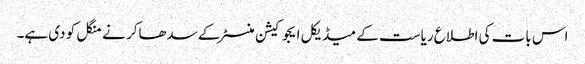
اس بات کی اطلاع ریاست کے میڈیکل ایجوکیشن منسٹر کے سدھاکر نے منگل کو دی ہے۔